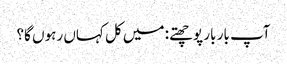
آپ بار بار پوچھتے: میں کل کہاں رہوں گا؟